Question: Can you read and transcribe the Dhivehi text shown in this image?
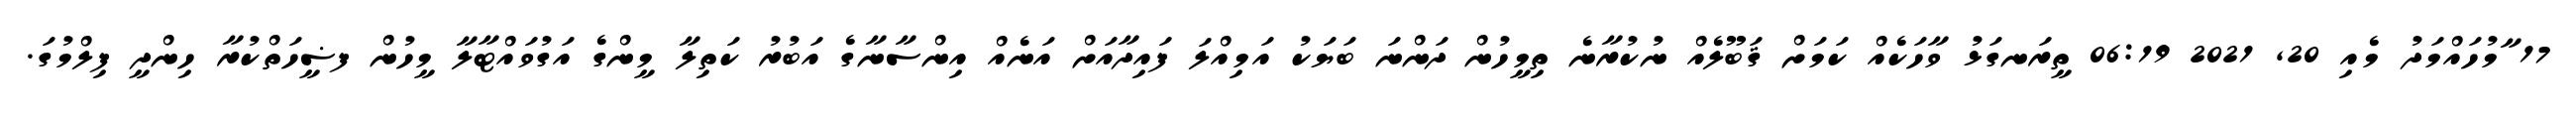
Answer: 17 ާމުހައްމަދު މެއި 20, 2021 06:19 ތީރަނގަޅު ވާހަކެއް ކަމަށް ޤަބޫލެއް ނުކުރާނެ ތިމީހުން ދަންނަ ބަޔަކު އަމިއްލަ ފައިދާއަށް އަނެއް އިންސާނާގެ އަބުރު ކަތިލާ މީންގެ އަގުވައްޓާލާ މީހުން ފޟީހަތްކުރާ ހިންދީ ފިލްމުގަ.